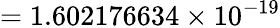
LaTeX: =1.602176634\times 10^{-19}